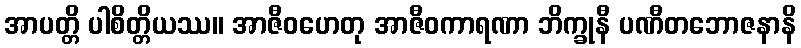
အာပတ္တိ ပါစိတ္တိယဿ။ အာဇီဝဟေတု အာဇီဝကာရဏာ ဘိက္ခုနီ ပဏီတဘောဇနာနိ